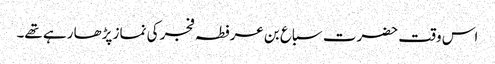
اس وقت حضرت سباع بن عرفطہ فجر کی نماز پڑھا رہے تھے۔